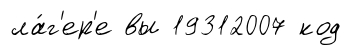
ла́г'ер'е вы 19312007 код